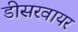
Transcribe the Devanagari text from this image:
डीसरवायर